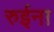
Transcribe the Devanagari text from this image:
रुईना